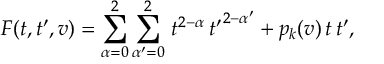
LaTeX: F ( t , t ^ { \prime } , v ) = \sum _ { \alpha = 0 } ^ { 2 } \sum _ { \alpha ^ { \prime } = 0 } ^ { 2 } \, t ^ { 2 - \alpha } \, { t ^ { \prime } } ^ { 2 - \alpha ^ { \prime } } + p _ { k } ( v ) \, t \, t ^ { \prime } ,